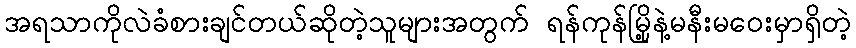
အရသာကိုလဲခံစားချင်တယ်ဆိုတဲ့သူများအတွက် ရန်ကုန်မြို့နဲ့မနီးမဝေးမှာရှိတဲ့